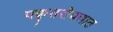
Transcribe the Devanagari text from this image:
यकृतरोपणात